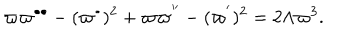
\varpi \varpi ^ { \bullet \bullet } - ( \varpi ^ { \bullet } ) ^ { 2 } + \varpi \varpi ^ { ^ { \prime \prime } } - ( \varpi ^ { ^ { \prime } } ) ^ { 2 } = 2 \Lambda \varpi ^ { 3 } .